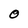
Character: 0